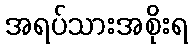
အရပ်သားအစိုးရ